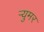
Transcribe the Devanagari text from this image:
र्‍युमर